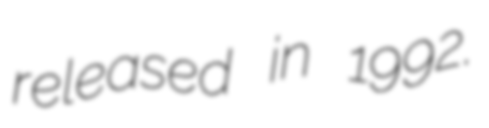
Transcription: released in 1992.